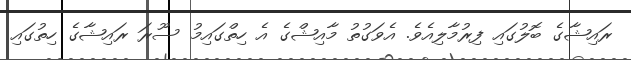
ރައިޝާގެ ބޮލުގައި ފިރުމާލިއެވެ. އެވަގުތު މާއިޝްގެ އެ ހިތްގައިމު ސޫރަ ރައިޝާގެ ހިތުގައި